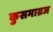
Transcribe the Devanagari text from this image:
कुसमाग्रज